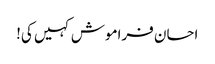
احسان فراموش کہیں کی!